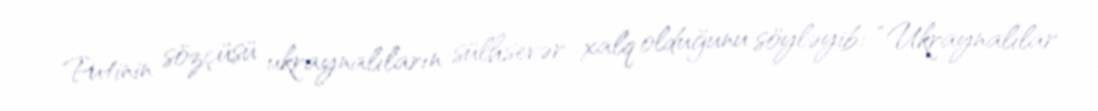
Putinin sözçüsü ukraynalıların sülhsevər xalq olduğunu söyləyib: “Ukraynalılar